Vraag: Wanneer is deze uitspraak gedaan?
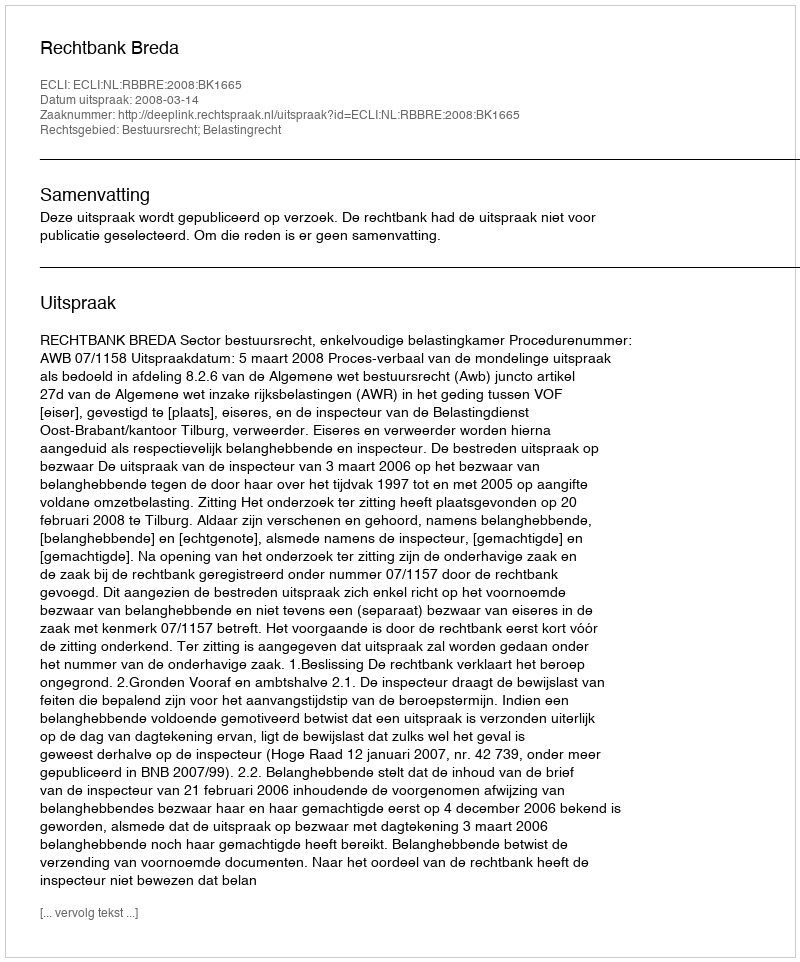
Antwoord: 2008-03-14